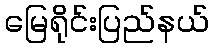
မြေရိုင်းပြည်နယ်